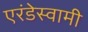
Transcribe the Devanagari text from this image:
एरंडेस्वामी